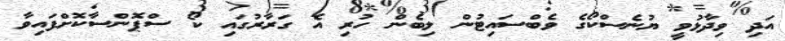
އަދި ވިދާޅުވީ ޔުނެސްކޯގެ ވެބްސައިޓުން ލިބެން ހުރި އެ ގަރާރުގައި ކޯ ސްޕޮންސާކޮށްފައިވާ